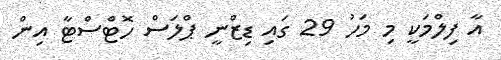
އާ ފިލްމަކީ މި މަހު 29 ގައި ޑިޒްނީ ޕްލަސް ހޮޓްސްޓާ އިން